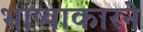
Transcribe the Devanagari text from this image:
भाष्याकारने